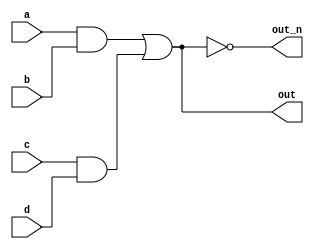
`default_nettype none
module top_module(
    input a,
    input b,
    input c,
    input d,
    output out,
    output out_n   ); 
    assign out = (a&b)|(c&d);
    assign out_n = ~out;
endmodule